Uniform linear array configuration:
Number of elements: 16
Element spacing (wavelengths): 1
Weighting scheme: exponential
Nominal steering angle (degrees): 60
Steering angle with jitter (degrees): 61.82
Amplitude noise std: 0.05
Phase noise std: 0.05

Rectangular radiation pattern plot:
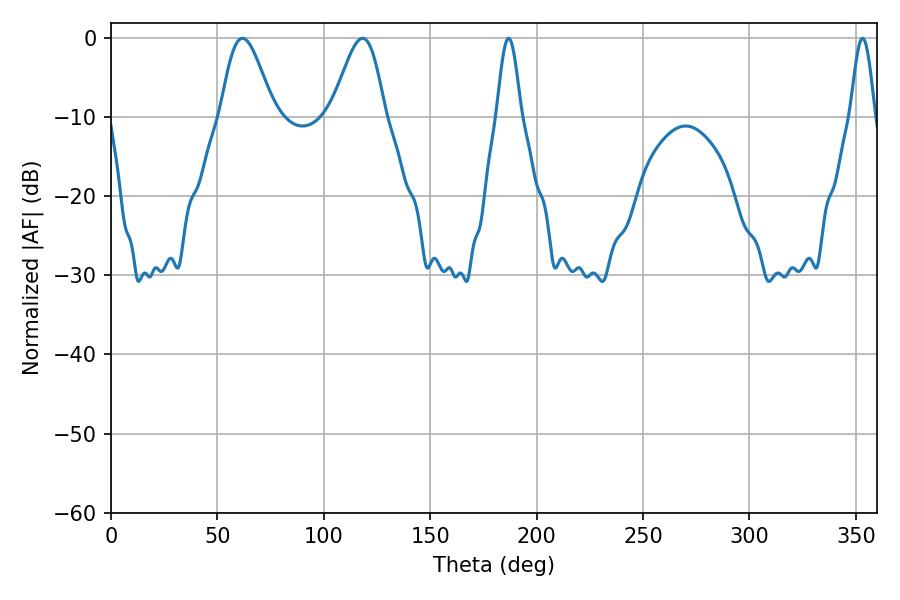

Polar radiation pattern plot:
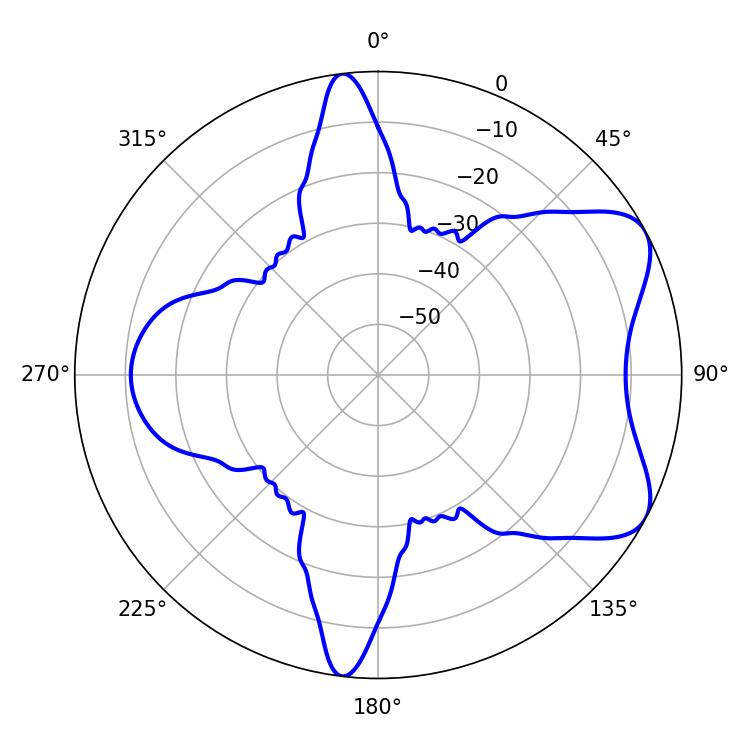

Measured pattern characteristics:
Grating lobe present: TRUE
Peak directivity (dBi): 6.636
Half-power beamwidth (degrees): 6.12
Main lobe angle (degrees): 353.16